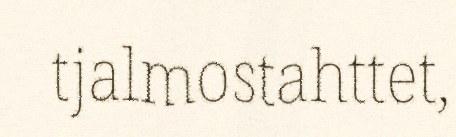
tjalmostahttet,